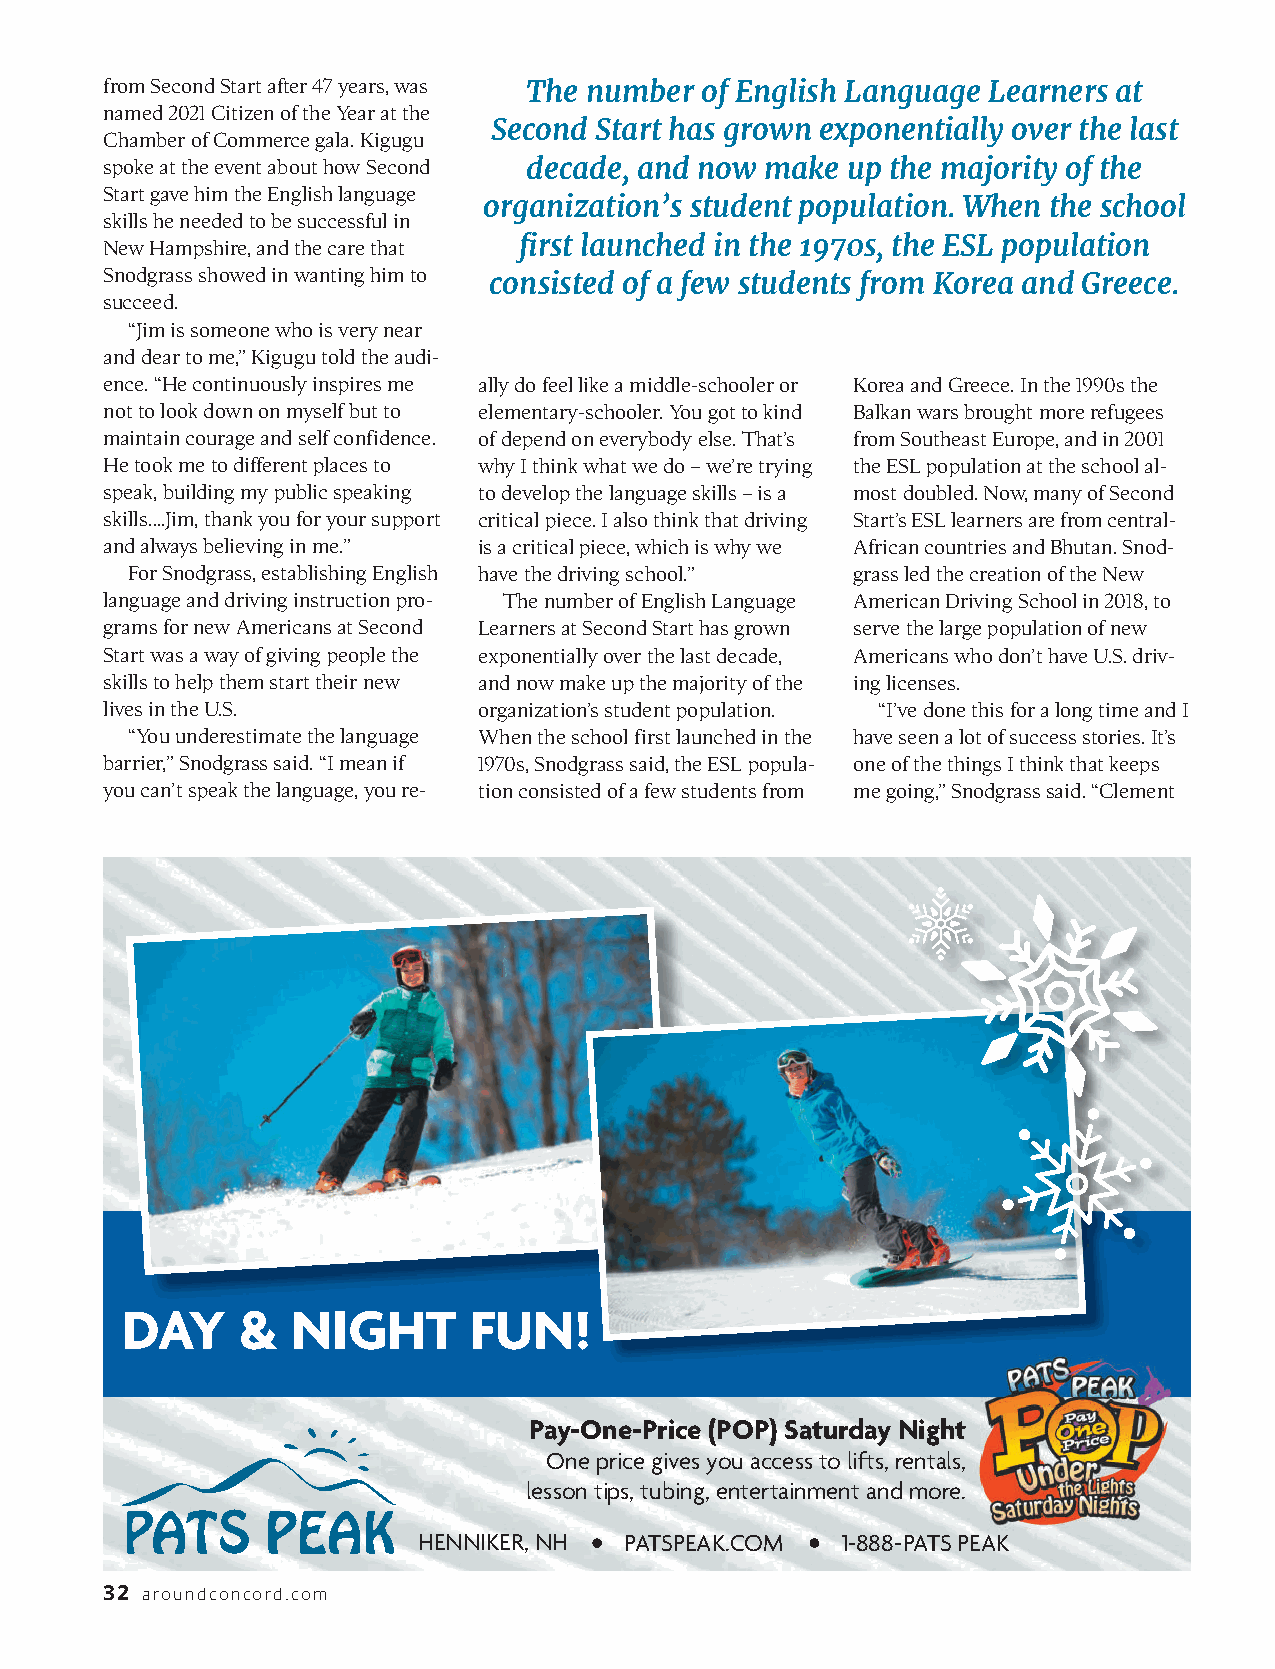
from Second Start after 47 years, was The number of English Language Learners at
 named 2021 Citizen of the Year at the
 Second Start has grown exponentially over the last
 Chamber of Commerce gala. Kigugu
 spoke at the event about how Second decade, and now make up the majority of the
 Start gave him the English language
 organization’s student population. When the school
 skills he needed to be successful in
 New Hampshire, and the care that first launched in the 1970s, the ESL population
 Snodgrass showed in wanting him to
 consisted of a few students from Korea and Greece.
 s u cce e d .
 “Jim is someone who is very near
 and dear to me,”Kigugu told the audi-
 ence. “He continuously inspires me ally do feel like a middle-schooler or Korea and Greece. In the 1990s the
 not to look down on myself but to elementary-schooler. You got to kind Balkan wars brought more refugees
 maintain courage and self confidence. of depend on everybody else. That’s from Southeast Europe, and in 2001
 He took me to different places to why I think what we do –we ’re trying the ESL population at the school al-
 speak, building my public speaking to develop the language skills –is a most doubled. Now, many of Second
 skills….Jim, thank you for your support critical piece. I also think that driving Sta r t ’s ESL learners are from central-
 and always believing in me.” is a critical piece, which is why we African countries and Bhutan. Snod-
 For Snodgrass, establishing English have the driving school.” grass led the creation of the New
 language and driving instruction pro- The number of English Language American Driving School in 2018, to
 grams for new Americans at Second Learners at Second Start has grown serve the large population of new
 Start was a way of giving people the exponentially over the last decade, Americans who don’t have U.S. driv-
 skills to help them start their new and now make up the majority of the ing licenses.
 lives in the U.S.        o rga n i zat i o n’s student population. “I’ve done this for a long time and I
 “You underestimate the language When the school first launched in the have seen a lot of success stories. It’s
 ba r r i e r,”Snodgrass said. “I mean if 1970s, Snodgrass said, the ESL popula- one of the things I think that keeps
 you can’t speak the language, you re- tion consisted of a few students from me going,”Snodgrass said. “Cl e m e n t
 DAY     &  NIGHT       FUN!
 Pay-One-Price (POP) Saturday Night
 Onepricegivesyouaccesstolifts,rentals,
 lessontips,tubing,entertainmentandmore.
 HENNIKER,NH  PATSPEAK.COM   1-888-PATSPEAK
 32 a ro u n d c o n c o rd . c o m